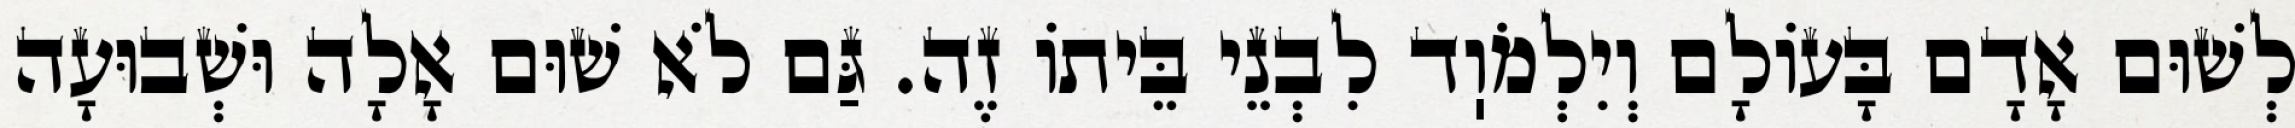
לְשׁוּם אָדָם בָּעוֹלָם וְיִלְמֹוֽד לִבְנֵי בֵּיתוֹ זֶה. גַּם לֹא שׁוּם אָלָה וּשְׁבוּעָה